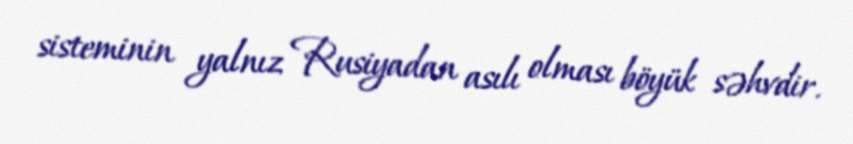
sisteminin yalnız Rusiyadan asılı olması böyük səhvdir.